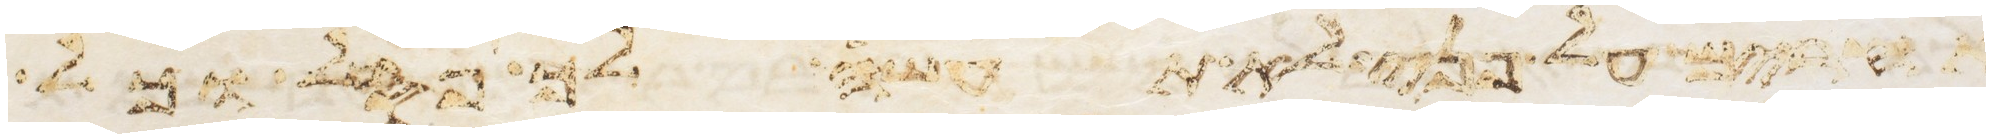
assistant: אחרים על פני לא תעשה לך פסל וכל